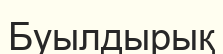
Буылдырық